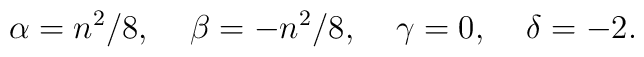
\alpha = {n^2}/{8},\;\;\;\;\beta = - {n^2}/{8},\;\;\;\;\gamma = 0,\;\;\;\;\delta = -2.